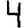
Digit: 4